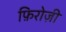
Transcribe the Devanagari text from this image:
फ़िरोज़ी